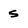
Character: S